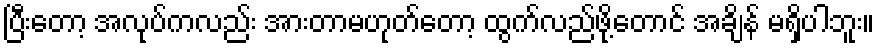
ပြီးတော့ အလုပ်ကလည်း အားတာမဟုတ်တော့ ထွက်လည်ဖို့တောင် အချိန် မရှိပါဘူး။